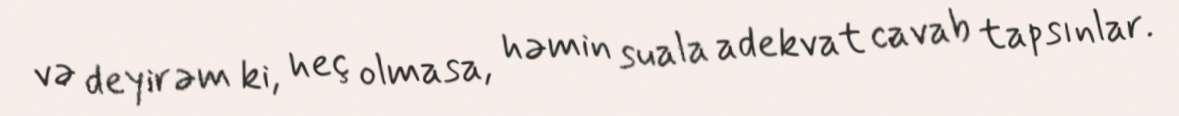
və deyirəm ki, heç olmasa, həmin suala adekvat cavab tapsınlar.